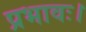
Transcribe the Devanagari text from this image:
प्रभावः।